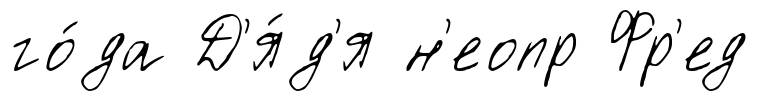
го́да Д'я́д'я н'еопр Фр'ед